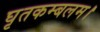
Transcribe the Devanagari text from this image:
घृतकम्बलम।